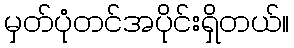
မှတ်ပုံတင်အပိုင်းရှိတယ်။